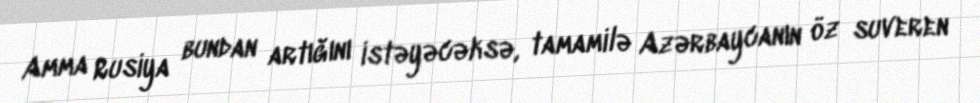
Amma Rusiya bundan artığını istəyəcəksə, tamamilə Azərbaycanın öz suveren